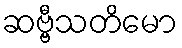
ဆဗ္ဗီသတိမော